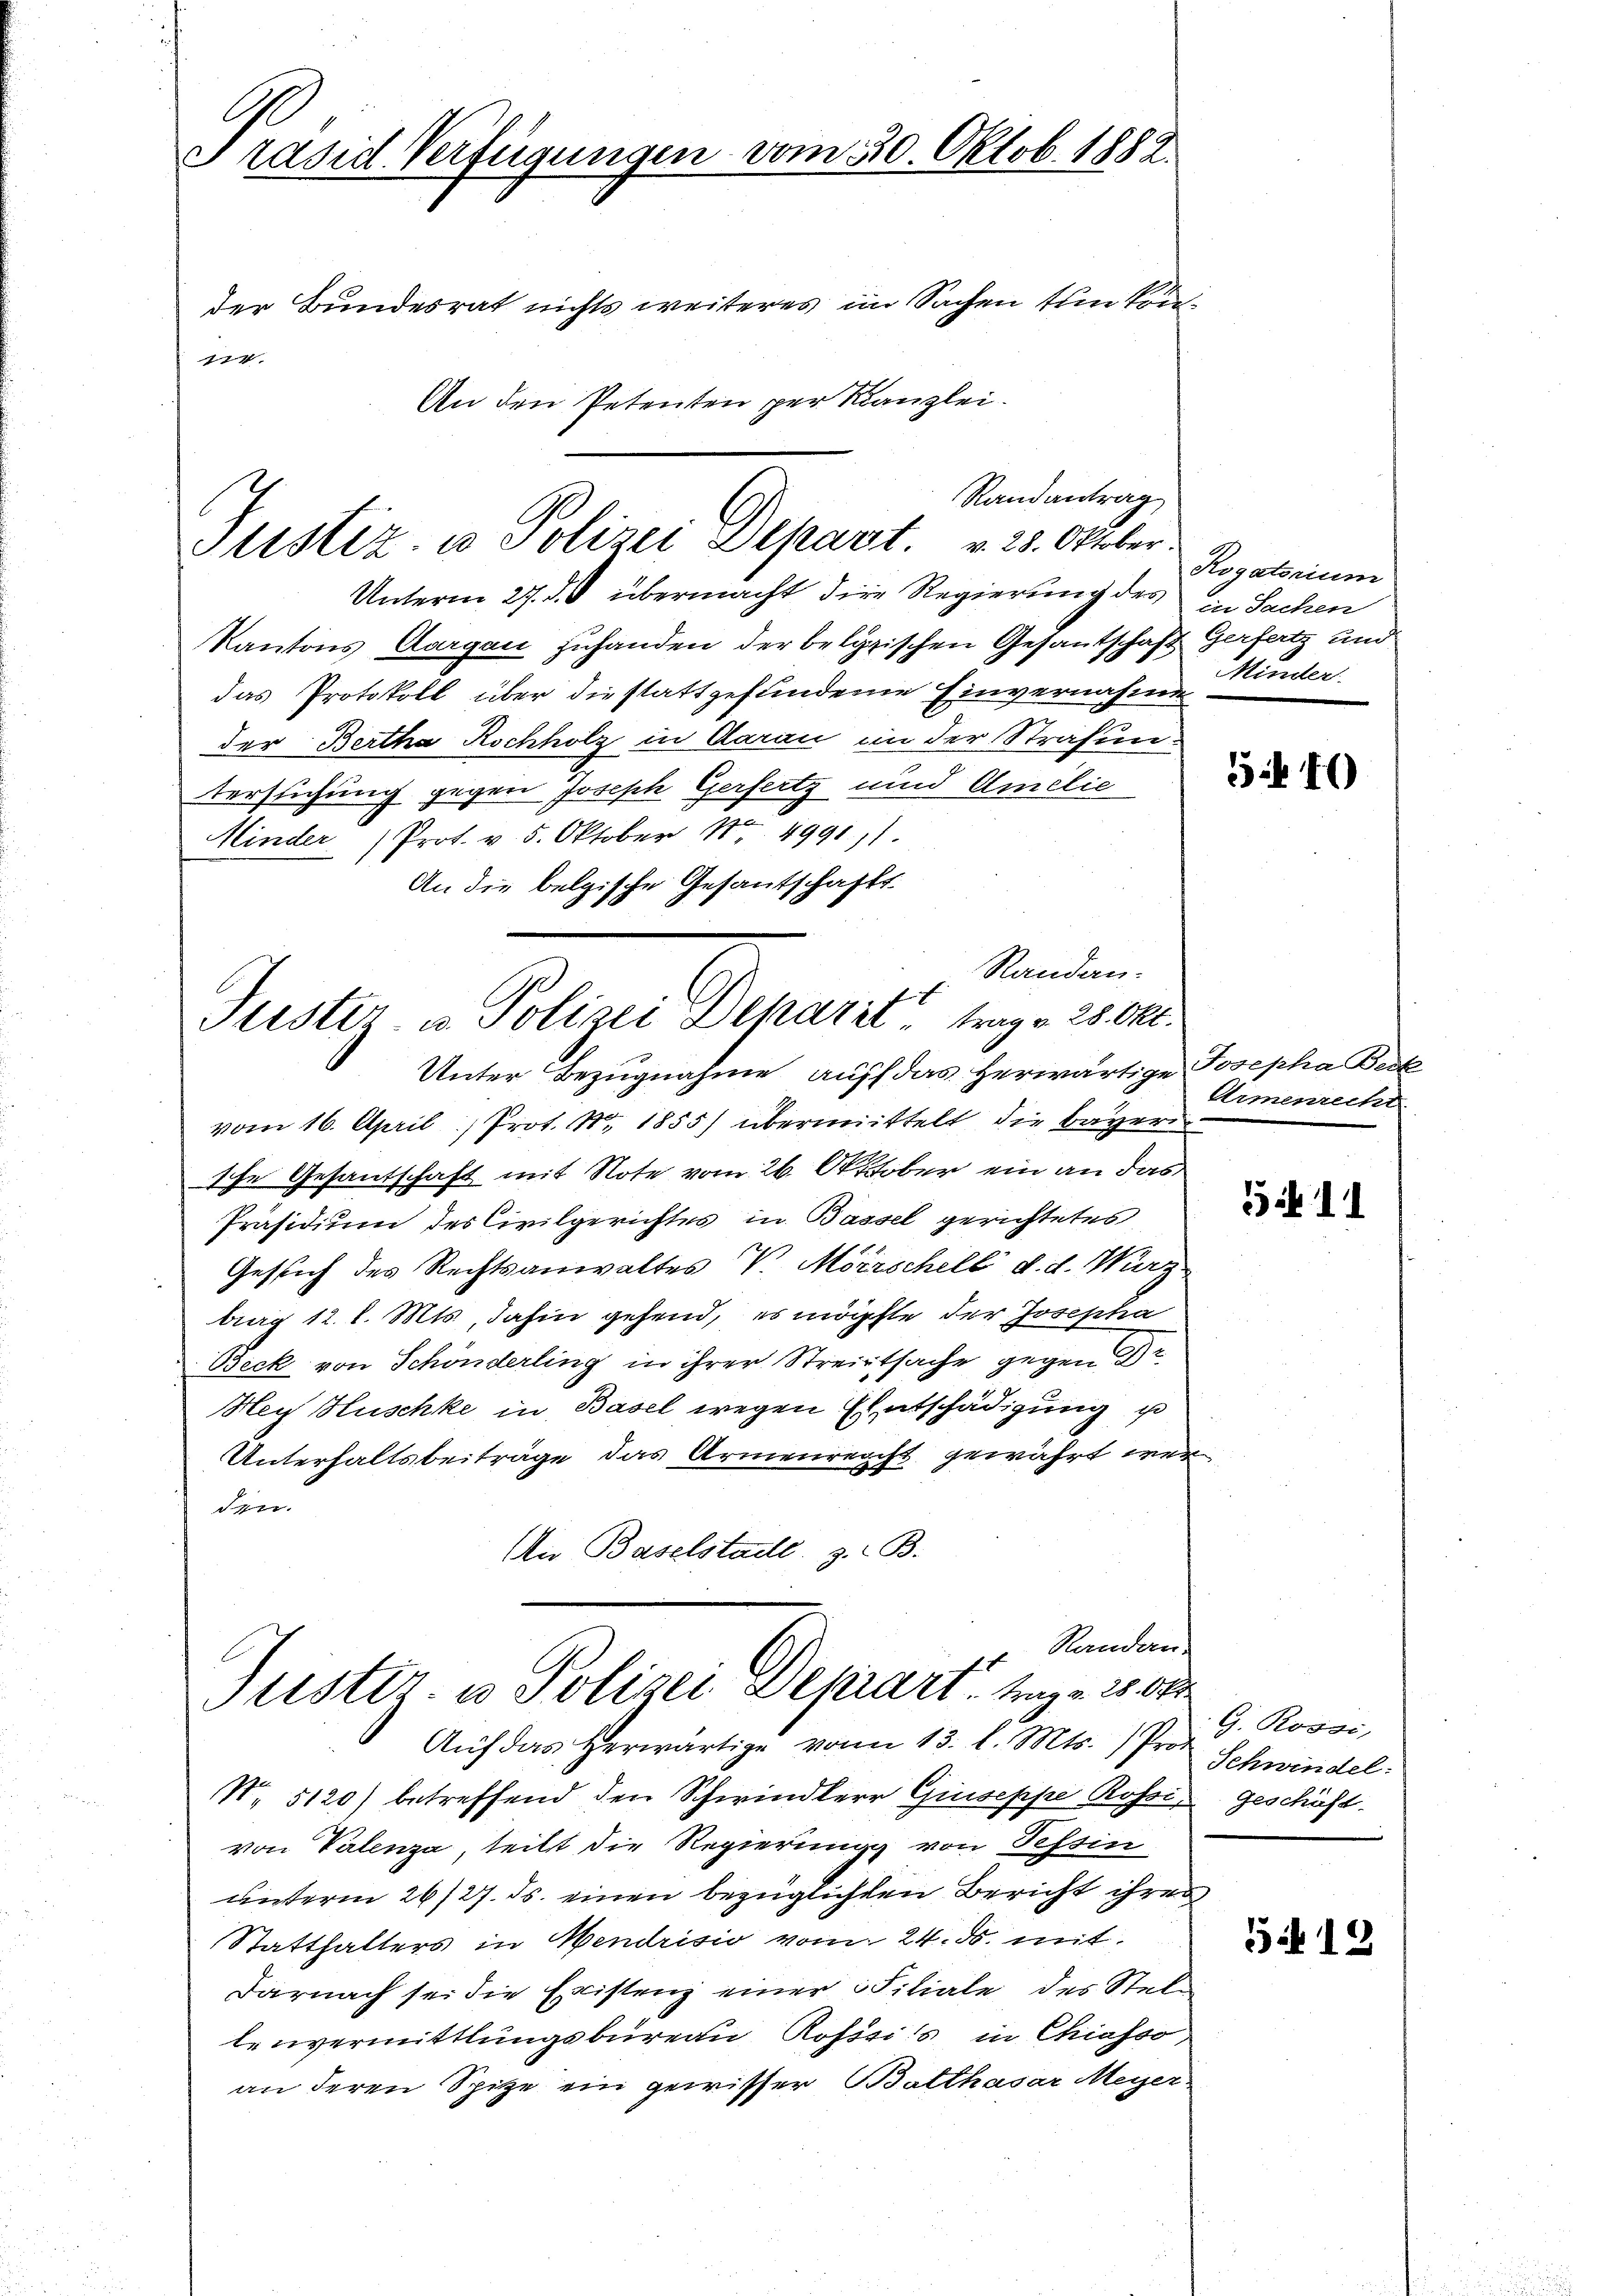
G
Präsid. Verfügungen vom 30. Oktob. 1882.
der Bundesrat nichts weiteres im Sachen tun kön¬
7
An den Petenten per Kanzlei.

Randantrag
Stistiz- u Polizei Depart. v. 28. Oktober.

Unterm 27. d. d übermacht die Regierung des in Sachen
Kantons Aargau zuhanden der belypischen Gesantschaft Gerfertz und
das Protokoll über die stattgefundene Einvernahmen
der Bertha Rochholz in Aarau in der Strafuntersuchung gegen Joseph Gerfertz und Amilie
Minder (Prot. v. 5. Oktober Nr. 49911.
An die belgische Gesantschafts-
Randan¬
Unter Bezugnahme auff das herwärtige Josepha Beck
vom 16. April, Prot. Nr. 1855) übermittelt die Bayern
sche Gesantschaft mit Note vom 26. Oktober ein an das
Präsidium des Civilgerichtes in Bassel gerichtetes
Gesich des Rechtsanwaltes V. Mörschell d. d. Wurz
brag 12. l. Mts., dahin gehend, es mögte der Josephia
Beck von Schönderling in ihrer Streitsache gegen Br
Hey Huschke in Basel wegen Entschädigung u
Unterhaltsbeiträge das Armenreicht gewährt wer
Ser
An Baselstaill. z. B.
Randan
Justiz- u Polizei Dekiart, trag v. 25 00
Aŭf das herwärtige von 13. l. Mts. Prof. Schwindel
N 5120) betreffend den Schwindlerr Giuseppe Rossi geschäft.
von Valenza, teilt die Regierung von Tessin
unterm 26/27. ds. einen bezüglichten Bericht ihres
Statthalters in Mendrisio vom 24. ds. mit
Darnach sei die Existenz einer Filiale des Stellenvermittlungsbureau Rosssi's in Chiasso
an deren Spitze ein gewisser Balthasar Meyer

Justiz- u. Polizei Deparit trag v. 25. Okt.

Rogatorium
Minder

5 40

Armenrecht

511

G. Rossi,

5412